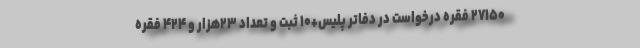
۲۷۱۵۰ فقره درخواست در دفاتر پلیس+۱۰ ثبت و تعداد ۲۳هزار و ۴۲۴ فقره